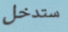
ستدخل